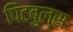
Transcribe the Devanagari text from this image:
पिटबुल्स